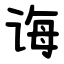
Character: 诲